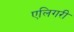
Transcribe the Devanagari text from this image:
एलिगरी